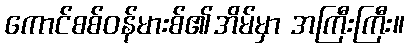
ကောင်စစ်ဝန်မားစ်၏အိမ်မှာ အကြီးကြီး။